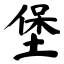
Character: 堡